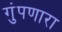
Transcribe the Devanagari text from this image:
गुंपणारा